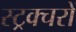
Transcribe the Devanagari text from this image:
स्ट्रक्चरों